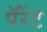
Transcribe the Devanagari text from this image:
पॅरेंट